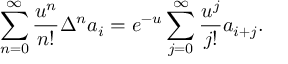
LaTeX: \sum _ { n = 0 } ^ { \infty } { \frac { u ^ { n } } { n ! } } \Delta ^ { n } a _ { i } = e ^ { - u } \sum _ { j = 0 } ^ { \infty } { \frac { u ^ { j } } { j ! } } a _ { i + j } .